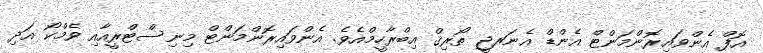
އޮފް އެންވައިރޮންމަންޓް އެންޑް އެނަރޖީ ތޯރިޤް އިބްރާހީމްއެވެ. އެންވައިރޮންމަންޓް މިނިސްޓްރީއާއި ވެމްކޯ އަދި